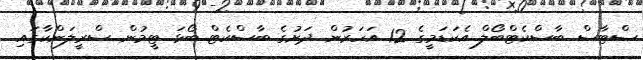
ސްޓާސް ބާސްކެޓްބޯލް އެކަޑަމީގެ 12 އަހަރުން ދަށުގެ ބާސްކެޓް ބޯޅަ ޓީމުން ސްރީލަންކާގައި